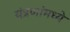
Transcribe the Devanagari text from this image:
यंत्रणांमध्ये